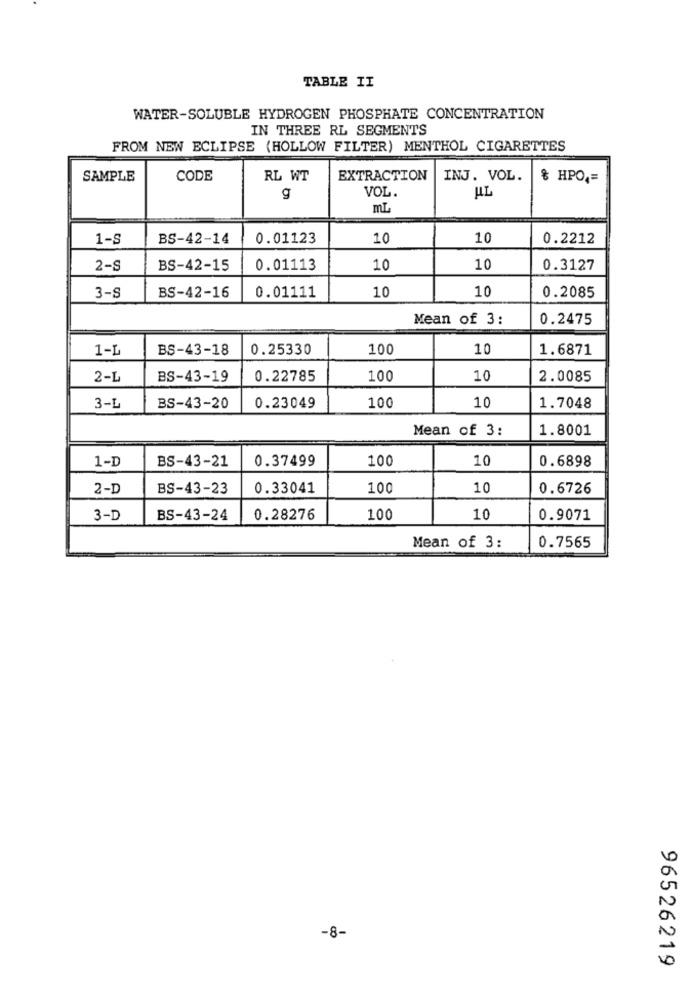
TABLE II
WATER-SOLUBLE HYDROGEN PHOSPHATE CONCENTRATION
IN THREE RL SEGMENTS
FROM NEW ECLIPSE (HOLLOW FILTER) MENTHOL CIGARETTES
SAMPLE
CODE
RL WT
EXTRACTION
INJ. VOL.
& HPO ,=
VOL.
g
HL
mL
1-S
BS-42-14
0.01123
10
10
0.2212
2-S
BS-42-15
0.01113
10
10
0.3127
10
0.2085
3-S
BS-42-16
0.01111
10
Mean of 3:
0.2475
1-L
BS-43-18
0.25330
100
10
1.6871
2-L
BS-43-19
0.22785
100
10
2.0085
3-L
BS-43-20
0.23049
100
10
1.7048
Mean of 3:
1.8001
1-D
BS-43-21
0.37499
100
10
0.6898
2-D
BS-43-23
0.33041
100
10
0.6726
3-D
BS-43-24
0.28276
100
10
0.9071
Mean of 3:
0.7565
-8-
96526219